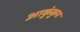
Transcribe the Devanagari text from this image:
आकुंकुप